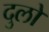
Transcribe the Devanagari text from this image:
दुलो